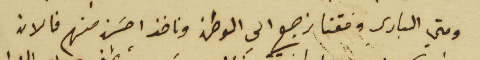
ومتي الباري وفقنا نرجع الى الوطن وناخذ احسَن منهم فالان